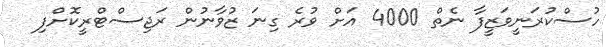
ހުސްކުރަނީވަޒީފާ ނެތް 4000 އަށް ވުރެ ގިނަ ޒުވާނުން ރަޖިސްޓްރީކޮށްފި